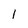
Character: 1